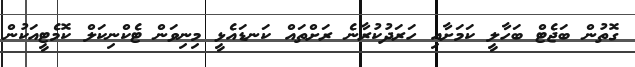
ގޮތުން ބަޖެޓް ބަހާލީ ކަމަށާއި ހަރަދުކުރާނެ ރަށްތައް ކަނޑައެޅީ މިނިވަން ޓެކްނިކަލް ކޮމެޓީއަކުން